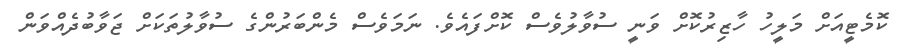
ކޮމެޓީއަށް މަލީހު ހާޒިރުކޮށް ވަނީ ސުވާލުވެސް ކޮށްފައެވެ. ނަމަވެސް މެންބަރުންގެ ސުވާލުތަކަށް ޖަވާބުދެއްވަން